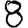
Digit: 8